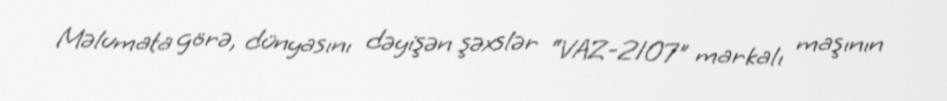
Məlumata görə, dünyasını dəyişən şəxslər “VAZ-2107" markalı maşının